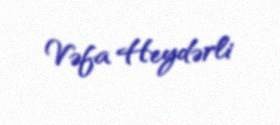
Vəfa Heydərli